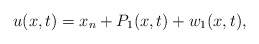
\begin{align*} u(x,t)=x_n + P_1(x,t) + w_1(x,t),\end{align*}